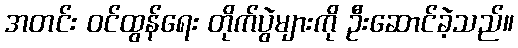
အတင်း ဝင်ထွန်ရေး တိုက်ပွဲများကို ဦးဆောင်ခဲ့သည်။